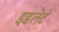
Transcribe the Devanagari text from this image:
इडलेट